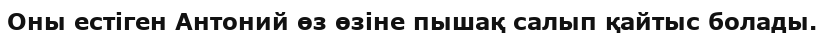
Оны естіген Антоний өз өзіне пышақ салып қайтыс болады.